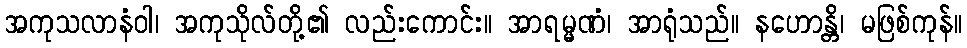
အကုသလာနံဝါ၊ အကုသိုလ်တို့၏ လည်းကောင်း။ အာရမ္မဏံ၊ အာရုံသည်။ နဟောန္တိ၊ မဖြစ်ကုန်။